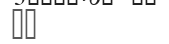
٥٤